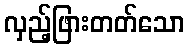
လှည့်ဖြားတတ်သော